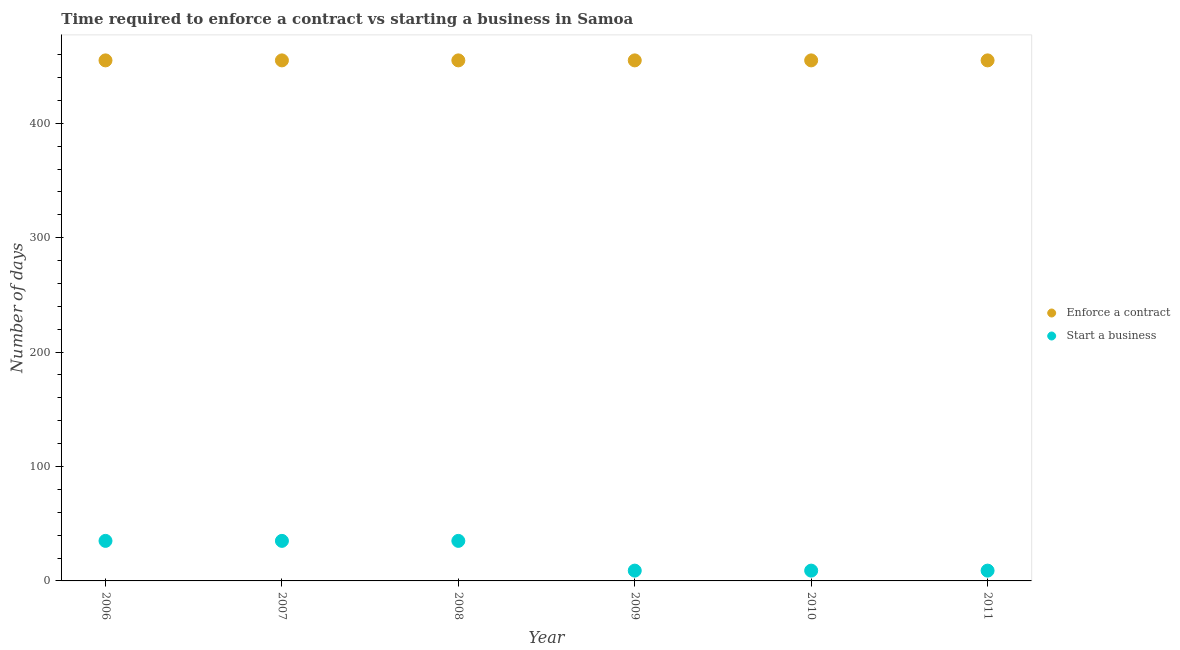
| Year | Enforce a contract | Start a business |
 | --- | --- | --- |
 | 2006 | 455 | 35 |
 | 2007 | 455 | 35 |
 | 2008 | 455 | 35 |
 | 2009 | 455 | 9 |
 | 2010 | 455 | 9 |
 | 2011 | 455 | 9 |